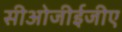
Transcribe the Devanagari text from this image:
सीओजीईजीए